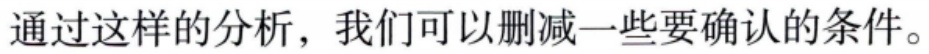
通过这样的分析，我们可以删减一些要确认的条件。